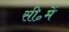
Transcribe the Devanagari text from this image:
सी॰में